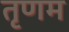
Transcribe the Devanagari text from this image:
तृणम